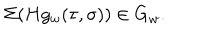
\Sigma ( H g _ { w } ( \tau , \sigma ) ) \in G _ { w } .